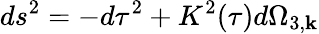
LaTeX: ds^{2}=-d\tau^{2}+K^{2}(\tau)d\Omega_{3,\mathbf{k}}